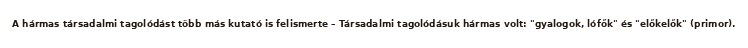
A hármas társadalmi tagolódást több más kutató is felismerte – Társadalmi tagolódásuk hármas volt: "gyalogok, lófők" és "előkelők" (primor).